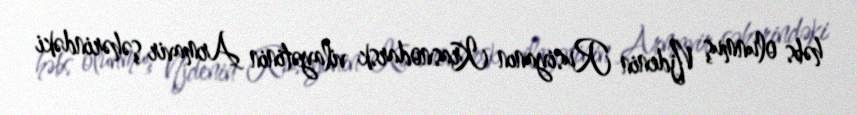
həbs olunmuş Njdenin Rusiyanın Krasnodarsk vilayətinin Armavir şəhərindəki